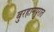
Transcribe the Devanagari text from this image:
बुरहानपुरात